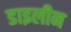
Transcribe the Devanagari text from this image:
डाइलीन